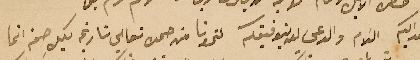
بعد اهدايكم السَلام والدعى لله بتوفيقكم لنحونا من حمده تعالى تاريخه بكل صحة انما